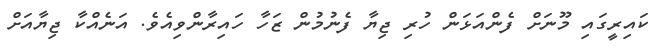
ކައިރީގައި މޫނަށް ފެންއަޅަން ހުރި ޖިޔާ ފެނުމުން ޒަހާ ހައިރާންވިއެވެ. އަނެއްކާ ޖިޔާއަށް